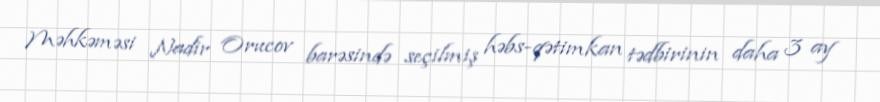
Məhkəməsi Nadir Orucov barəsində seçilmiş həbs-qətimkan tədbirinin daha 3 ay